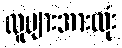
လူများအားလုံး